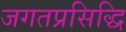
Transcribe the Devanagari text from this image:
जगतप्रसिद्धि